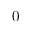
0